Indian journal of veterinary science and animal husbandry - Volumes 15-17, 1948-1951
Year: 1948
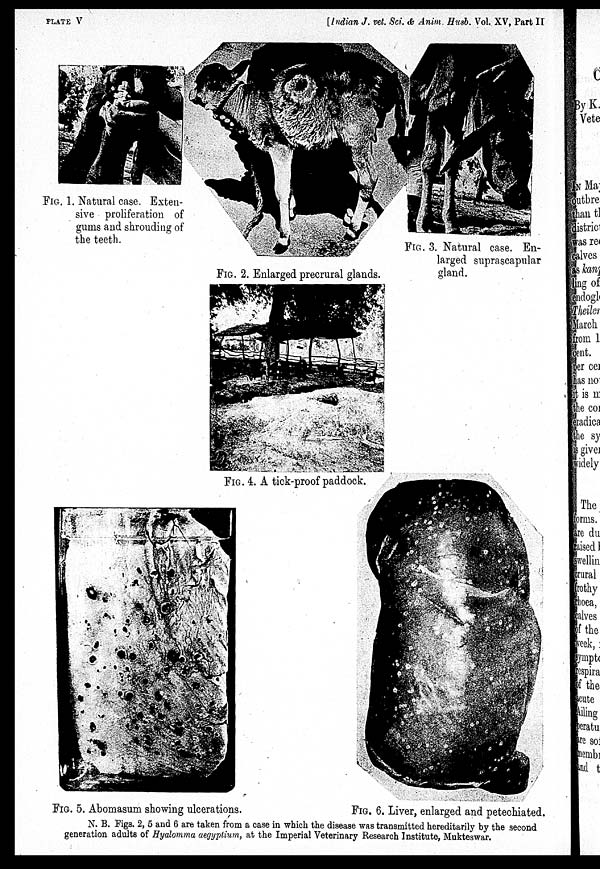
PLATE V
[Indian J. vet. Sci. & Anim. Husb. Vol. XV, Part II
FIG. 1. Natural case. Exten-
sive proliferation of
gums and shrouding of
the teeth.
FIG. 2. Enlarged precrural glands.
FIG. 3. Natural case. En-
larged suprascapular
gland.
FIG. 4. A tick-proof paddock.
FIG. 5. Abomasum showing ulcerations.
FIG. 6. Liver, enlarged and petechiated.
N. B. Figs. 2, 5 and 6 are taken from a case in which the disease was transmitted hereditarily by the second
generation adults of Hyalomma aegyptium, at the Imperial Veterinary Research Institute, Mukteswar.